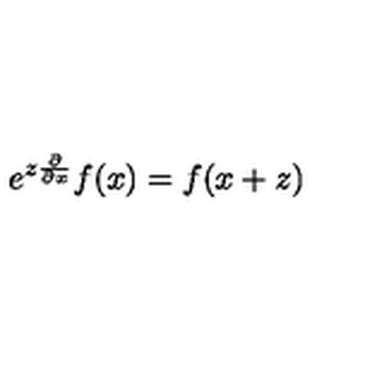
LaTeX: e ^ { z \frac { \partial } { \partial x } } f ( x ) = f ( x + z )